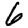
Digit: 6